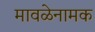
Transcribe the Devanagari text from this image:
मावळेनामक